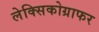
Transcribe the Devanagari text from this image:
लेक्सिकोग्राफर